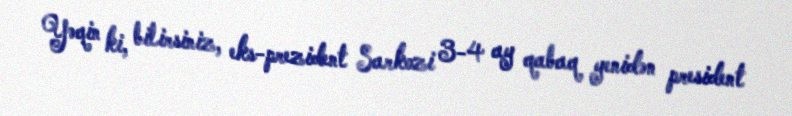
Yəqin ki, bilirsiniz, eks-prezident Sarkozi 3-4 ay qabaq yenidən president